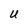
Character: U